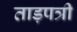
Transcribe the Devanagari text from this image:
ताड़पत्री